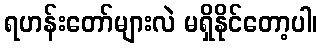
ရဟန်းတော်များလဲ မရှိနိုင်တော့ပါ၊